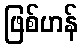
ဖြစ်ဟန်